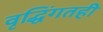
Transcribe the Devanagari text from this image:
वृद्धिंगतही